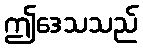
ဤဒေသသည်